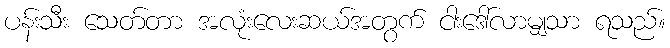
ပန်းသီး သေတ်တာ အလုံးလေးဆယ်အတွက် ငါးဒေါ်လာမျှသာ ရသည်။